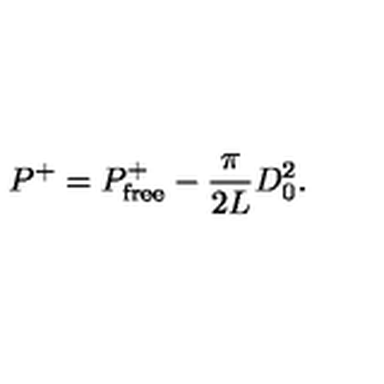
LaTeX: P ^ { + } = P _ { \mathrm { f r e e } } ^ { + } - { \frac { \pi } { 2 L } } D _ { 0 } ^ { 2 } .